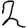
Digit: 2